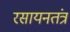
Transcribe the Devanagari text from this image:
रसायनतंत्र